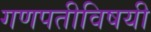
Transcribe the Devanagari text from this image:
गणपतीविषयी